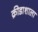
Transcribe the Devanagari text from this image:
क्रीडाशाला